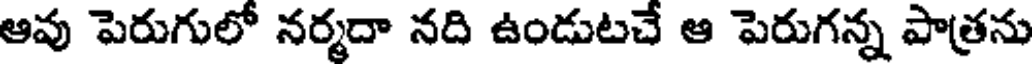
ఆవు పెరుగులో నర్మదా నది ఉండుటచే ఆ పెరుగన్న పాత్రను